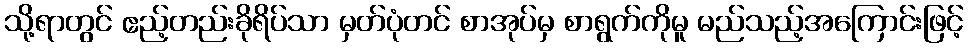
သို့ရာတွင် ဧည့်တည်းခိုရိပ်သာ မှတ်ပုံတင် စာအုပ်မှ စာရွက်ကိုမူ မည်သည့်အကြောင်းဖြင့်